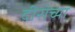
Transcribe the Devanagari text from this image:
दीराच्या